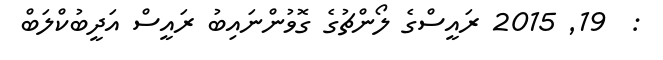
:  19